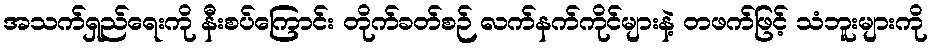
အသက်ရှည်ရေးကို နီးစပ်ကြောင်း တိုက်ခတ်စဉ် လက်နက်ကိုင်များနဲ့ တဖက်ဖြင့် သံဘူးများကို